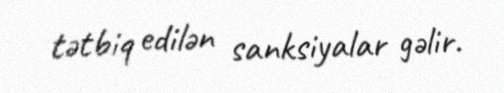
tətbiq edilən sanksiyalar gəlir.